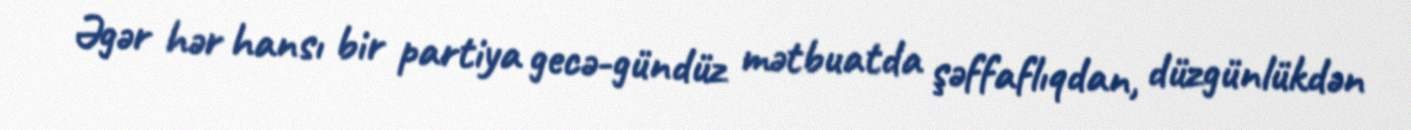
Əgər hər hansı bir partiya gecə-gündüz mətbuatda şəffaflıqdan, düzgünlükdən